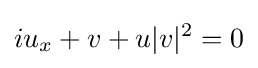
\displaystyle iu_{x}+v+u|v|^{2}=0